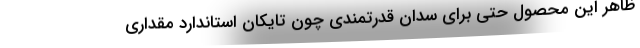
ظاهر این محصول حتی برای سدان قدرتمندی چون تایکان استاندارد مقداری